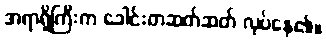
အရာရှိကြီးက ခေါင်းတဆတ်ဆတ် လုပ်နေ၏။